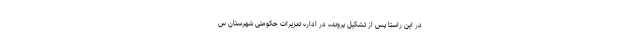
در این راستا پس از تشکیل پرونده در اداره تعزیرات حکومتی شهرستان س